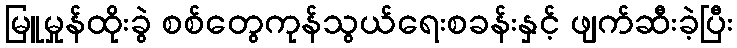
မြူမှုန်ထိုးခွဲ စစ်တွေကုန်သွယ်ရေးစခန်းနှင့် ဖျက်ဆီးခဲ့ပြီး